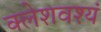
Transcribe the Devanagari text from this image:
क्लेशवश्यं